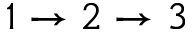
1 \to 2 \to 3